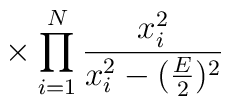
\makebox[2.8cm]{} \times \prod_{i=1}^N \frac{x_i^2}{x_i^2-(\frac{E}{2})^2}